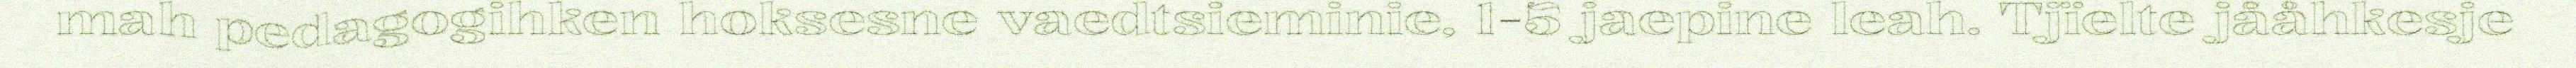
mah pedagogihken hoksesne vaedtsieminie, 1-5 jaepine leah. Tjïelte jååhkesje